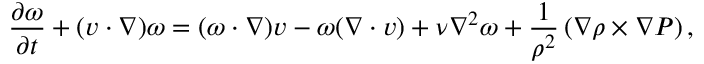
\frac { \partial \boldsymbol { \omega } } { \partial t } + ( \boldsymbol { v } \cdot \nabla ) \boldsymbol { \omega } = ( \boldsymbol { \omega } \cdot \nabla ) \boldsymbol { v } - \boldsymbol { \omega } ( \nabla \cdot \boldsymbol { v } ) + \nu \nabla ^ { 2 } \boldsymbol { \omega } + \frac { 1 } { \rho ^ { 2 } } \left( \nabla \rho \times \nabla P \right) ,